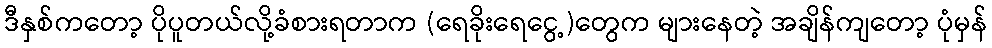
ဒီနှစ်ကတော့ ပိုပူတယ်လို့ခံစားရတာက (ရေခိုးရေငွေ့)တွေက များနေတဲ့ အချိန်ကျတော့ ပုံမှန်